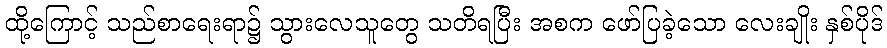
ထို့ကြောင့် သည်စာရေးရာ၌ သွားလေသူတွေ သတိရပြီး အစက ဖော်ပြခဲ့သော လေးချိုး နှစ်ပိုဒ်